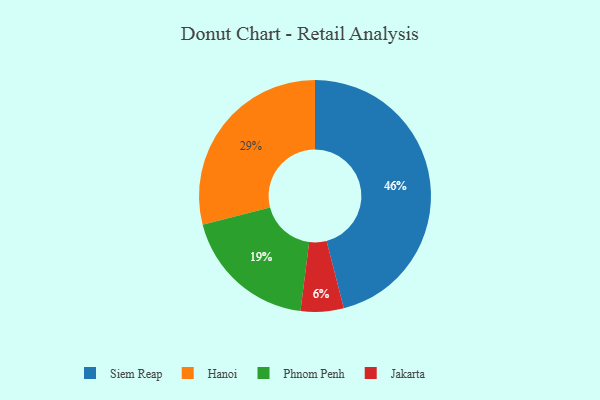
{"axis": {"x": "Category", "y": "Percentage"}, "legend": ["Hanoi", "Jakarta", "Phnom Penh", "Siem Reap"], "data": [{"x": "Phnom Penh", "y": 19, "type": "Phnom Penh"}, {"x": "Siem Reap", "y": 46, "type": "Siem Reap"}, {"x": "Hanoi", "y": 29, "type": "Hanoi"}, {"x": "Jakarta", "y": 6, "type": "Jakarta"}]}